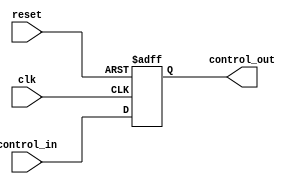
module ControlRegister #(
    parameter N = 8  // Size of the control register (number of bits)
)(
    input wire clk,                   // Clock signal
    input wire reset,                 // Asynchronous reset signal
    input wire [N-1:0] control_in,    // Control inputs (n-bit)
    output reg [N-1:0] control_out    // Control outputs (n-bit)
);

    // Always block for synchronous operation
    always @(posedge clk or posedge reset) begin
        if (reset) begin
            control_out <= {N{1'b0}};   // Clear control register to 0
        end else begin
            control_out <= control_in;   // Capture control inputs
        end
    end

endmodule